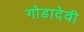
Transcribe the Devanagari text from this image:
गोडादेवी